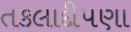
તકલાદીપણા